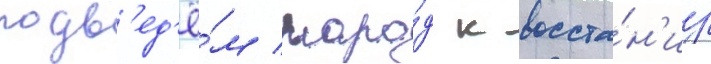
подв'ед'ё́м наро́д к восста́н'иу